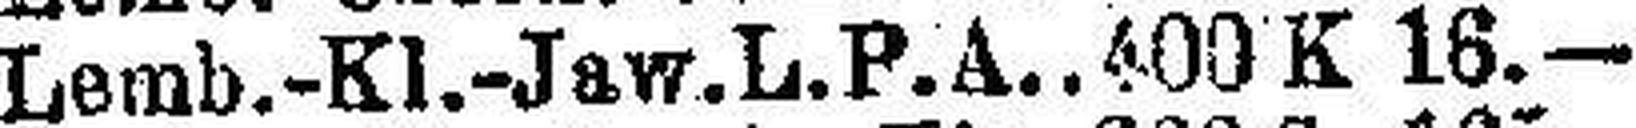
Lemb.-Kl.-Jaw. L. P. A.. 400 K 18.—